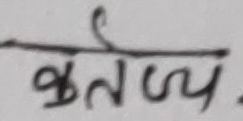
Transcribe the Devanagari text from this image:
कर्तव्य